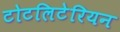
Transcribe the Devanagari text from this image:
टोटलिटेरियन